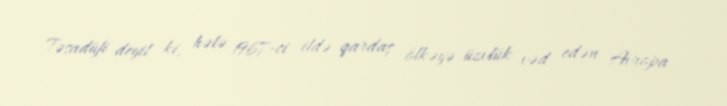
Təsadüfi deyil ki, hələ 1967-ci ildə qardaş ölkəyə üzvlük vəd edən Avropa